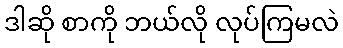
ဒါဆို စာကို ဘယ်လို လုပ်ကြမလဲ